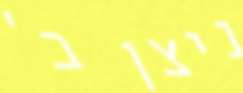
ניצן ב'